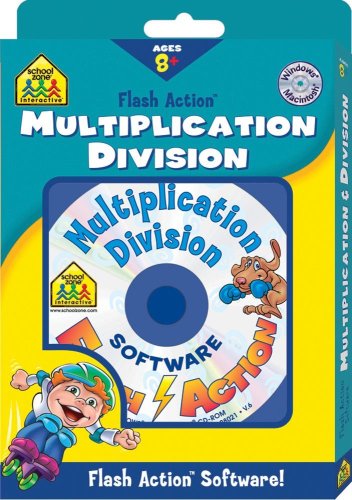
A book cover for Multiplication Division: Windows Macintosh : Ages 8-Up (School Zone Interactive Flash Action Software); Children's Books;